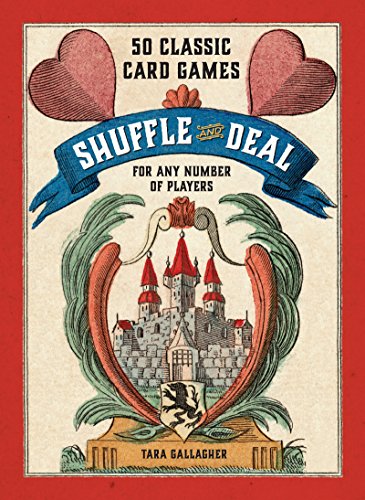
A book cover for Shuffle and Deal: 50 Classic Card Games for Any Number of Players; Tara Gallagher; Science Fiction & Fantasy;